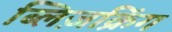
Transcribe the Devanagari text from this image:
ब्लिज़क्रिंग